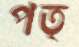
পত্